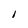
Character: I